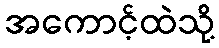
အကောင့်ထဲသို့